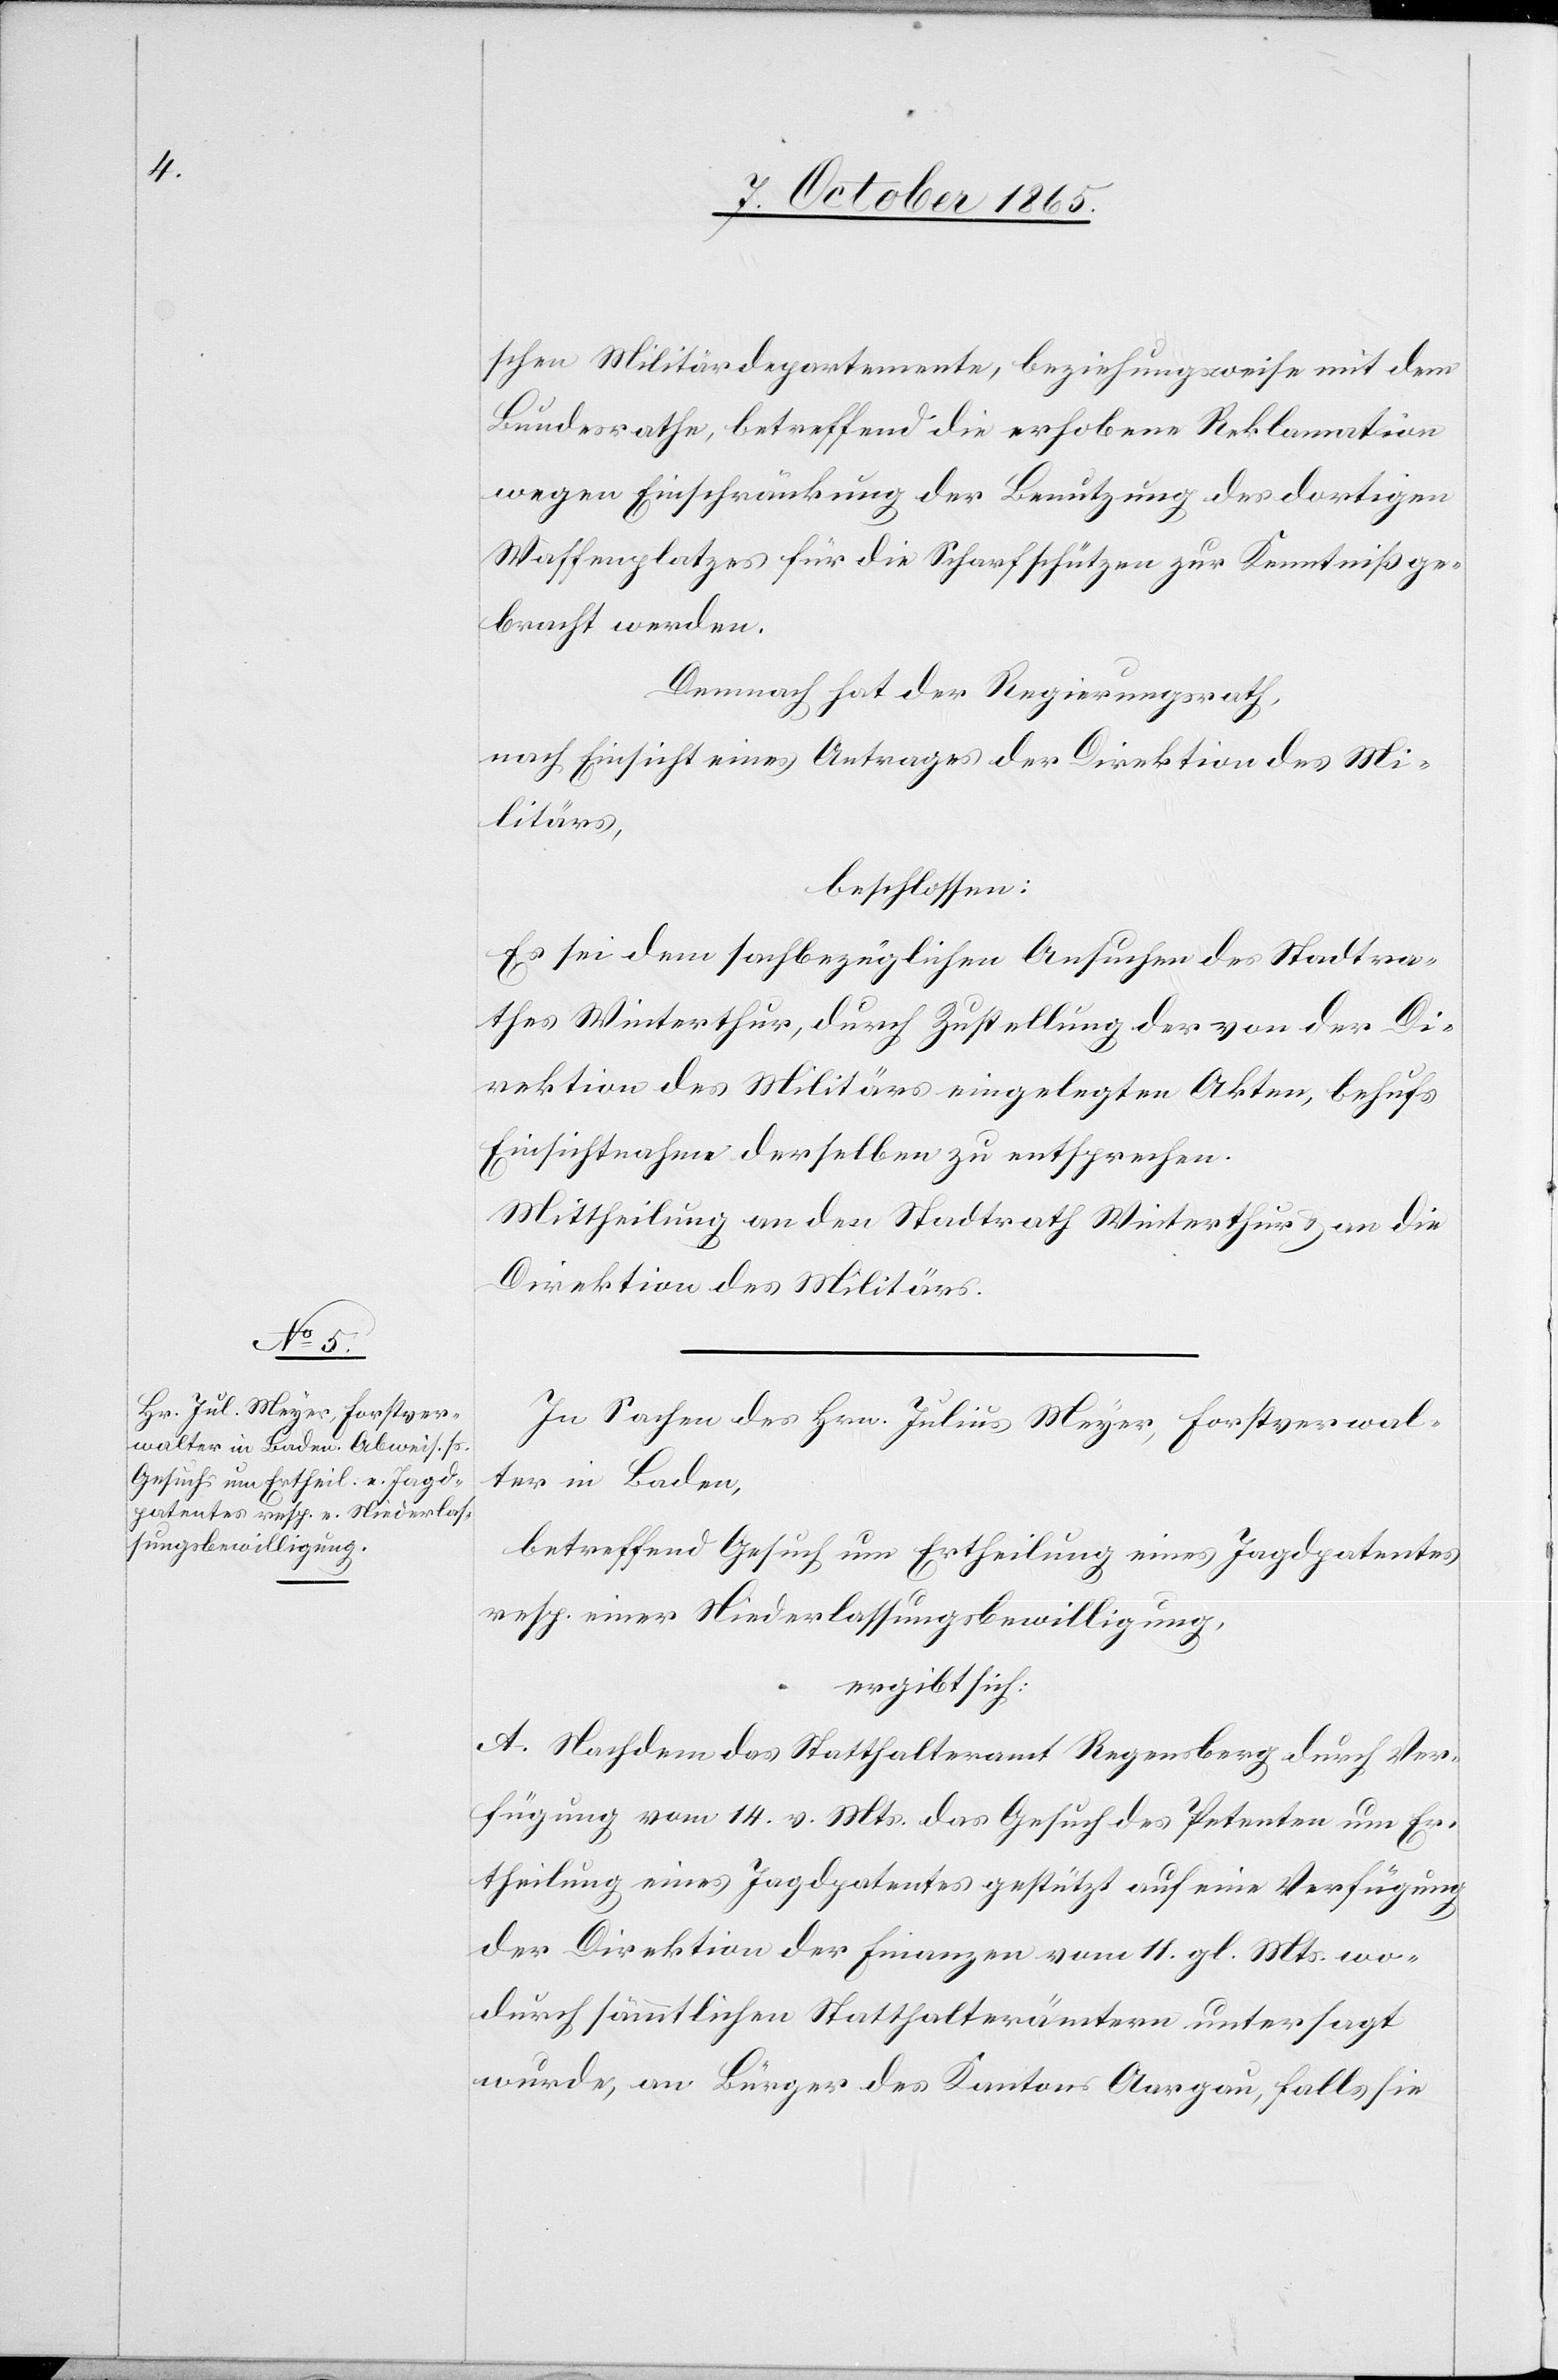
schen Militärdepartement, beziehungsweise mit dem
Bundesrathe, betreffend die erhobene Reklamation
wegen Einschränkung der Benutzung des dortigen
Waffenplatzes für die Scharfschützen zur Kenntniß ge¬
bracht werden.
Demnach hat der Regierungsrath,
nach Einsicht eines Antrages der Direktion des Mi¬
litärs,
beschlossen:
Es sei dem sachbezüglichen Ansuchen des Stadtra¬
thes Winterthur, durch Zustellung der von der Di¬
rektion des Militärs eingelegten Akten, behufs
Einsichtnahme derselben zu entsprechen.
Mittheilung an den Stadtrath Winterthur & an die
Direktion des Militärs.
In Sachen des Hrn. Julius Meyer, Forstverwal¬
ter in Baden,
betreffend Gesuch um Ertheilung eines Jagdpatentes
resp. einer Niederlassungsbewilligung,
ergibt sich:
A. Nachdem das Statthalteramt Regensberg durch Ver¬
fügung vom 14. v. Mts. das Gesuch des Petenten um Er¬
theilung eines Jagdpatentes gestützt auf eine Verfügung
der Direktion der Finanzen vom 11. gl. Mts. wo¬
durch sämmtlichen Statthalterämtern untersagt
wurde, an Bürger des Kantons Aargau, falls sie